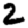
Digit: 2